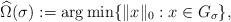
LaTeX: \begin{align*}\widehat \Omega(\sigma):=\arg\min\{\|x\|_0: x\in G_\sigma\},\end{align*}